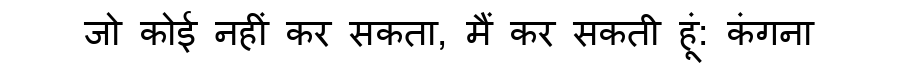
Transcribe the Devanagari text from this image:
जो कोई नहीं कर सकता, मैं कर सकती हूं: कंगना